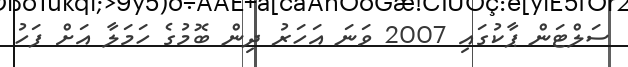
ސަލްޓަން ޕާކުގައި 2007 ވަނަ އަހަރު ދިން ބޮމުގެ ހަމަލާ އަށް ފަހު